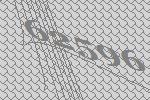
62596